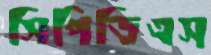
সিপিডিএস